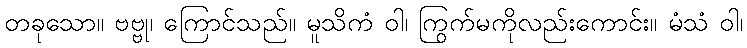
တခုသော။ ဗဗ္ဗု၊ ကြောင်သည်။ မူသိကံ ဝါ၊ ကြွက်မကိုလည်းကောင်း။ မံသံ ဝါ၊